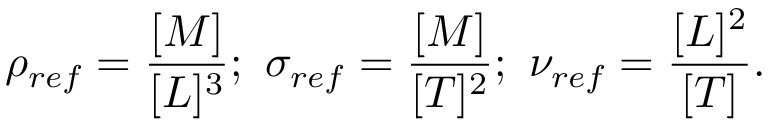
\rho _ { r e f } = \frac { [ M ] } { [ L ] ^ { 3 } } ; \ \sigma _ { r e f } = \frac { [ M ] } { [ T ] ^ { 2 } } ; \ \nu _ { r e f } = \frac { [ L ] ^ { 2 } } { [ T ] } .